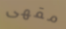
مقهى